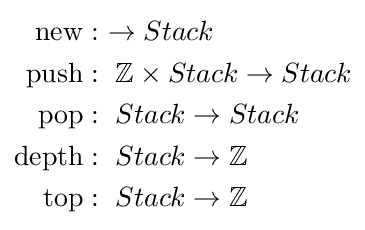
{\begin{aligned}{\rm {new}}&:~\to Stack\\{\rm {push}}&:~\mathbb {Z} \times Stack\to Stack\\{\rm {pop}}&:~Stack\to Stack\\{\rm {depth}}&:~Stack\to \mathbb {Z} \\{\rm {top}}&:~Stack\to \mathbb {Z} \\\end{aligned}}